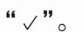
”√”。